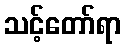
သင့်တော်ရာ